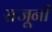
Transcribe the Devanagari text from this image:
राजूनी